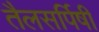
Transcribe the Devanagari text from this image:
तैलसर्पिषी